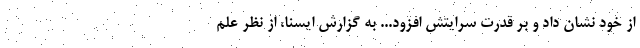
از خود نشان داد و بر قدرت سرایتش افزود... به گزارش ایسنا، از نظر علم